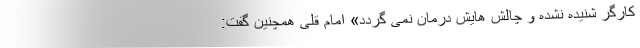
کارگر شنیده نشده و چالش هایش درمان نمی گردد» امام قلی همچنین گفت: